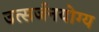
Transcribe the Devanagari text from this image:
उत्सर्जनयोग्य